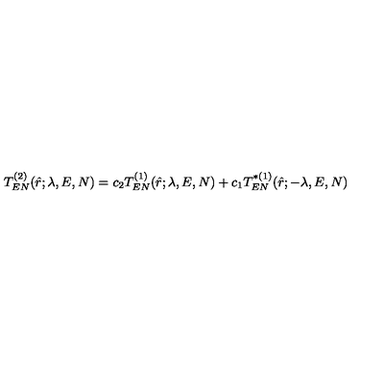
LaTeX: T _ { E N } ^ { ( 2 ) } ( \hat { r } ; \lambda , E , N ) = c _ { 2 } T _ { E N } ^ { ( 1 ) } ( \hat { r } ; \lambda , E , N ) + c _ { 1 } T _ { E N } ^ { * ( 1 ) } ( \hat { r } ; - \lambda , E , N )